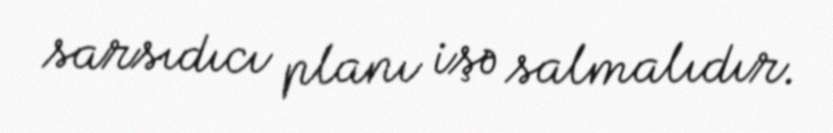
sarsıdıcı planı işə salmalıdır.